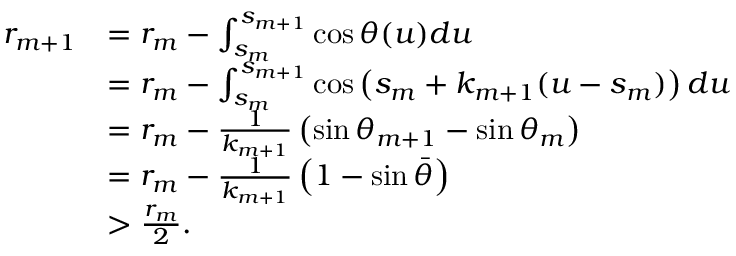
\begin{array} { r l } { r _ { m + 1 } } & { = r _ { m } - \int _ { s _ { m } } ^ { s _ { m + 1 } } \cos \theta ( u ) d u } \\ & { = r _ { m } - \int _ { s _ { m } } ^ { s _ { m + 1 } } \cos \left( s _ { m } + k _ { m + 1 } ( u - s _ { m } ) \right) d u } \\ & { = r _ { m } - \frac { 1 } { k _ { m + 1 } } \left( \sin \theta _ { m + 1 } - \sin \theta _ { m } \right) } \\ & { = r _ { m } - \frac { 1 } { k _ { m + 1 } } \left( 1 - \sin \bar { \theta } \right) } \\ & { > \frac { r _ { m } } { 2 } . } \end{array}